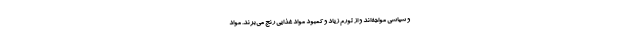
و سیاسی مواجه‌اند و از تورم زیاد و کمبود مواد غذایی رنج می‌برند. مواد